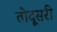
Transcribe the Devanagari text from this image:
तोदूसरी